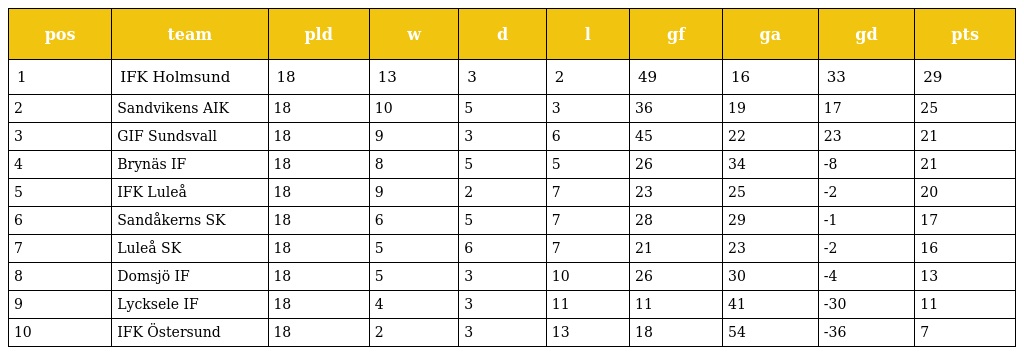
| pos | team | pld | w | d | l | gf | ga | gd | pts |
 | --- | --- | --- | --- | --- | --- | --- | --- | --- | --- |
 | 1 | IFK Holmsund | 18 | 13 | 3 | 2 | 49 | 16 | 33 | 29 |
 | 2 | Sandvikens AIK | 18 | 10 | 5 | 3 | 36 | 19 | 17 | 25 |
 | 3 | GIF Sundsvall | 18 | 9 | 3 | 6 | 45 | 22 | 23 | 21 |
 | 4 | Brynäs IF | 18 | 8 | 5 | 5 | 26 | 34 | -8 | 21 |
 | 5 | IFK Luleå | 18 | 9 | 2 | 7 | 23 | 25 | -2 | 20 |
 | 6 | Sandåkerns SK | 18 | 6 | 5 | 7 | 28 | 29 | -1 | 17 |
 | 7 | Luleå SK | 18 | 5 | 6 | 7 | 21 | 23 | -2 | 16 |
 | 8 | Domsjö IF | 18 | 5 | 3 | 10 | 26 | 30 | -4 | 13 |
 | 9 | Lycksele IF | 18 | 4 | 3 | 11 | 11 | 41 | -30 | 11 |
 | 10 | IFK Östersund | 18 | 2 | 3 | 13 | 18 | 54 | -36 | 7 |